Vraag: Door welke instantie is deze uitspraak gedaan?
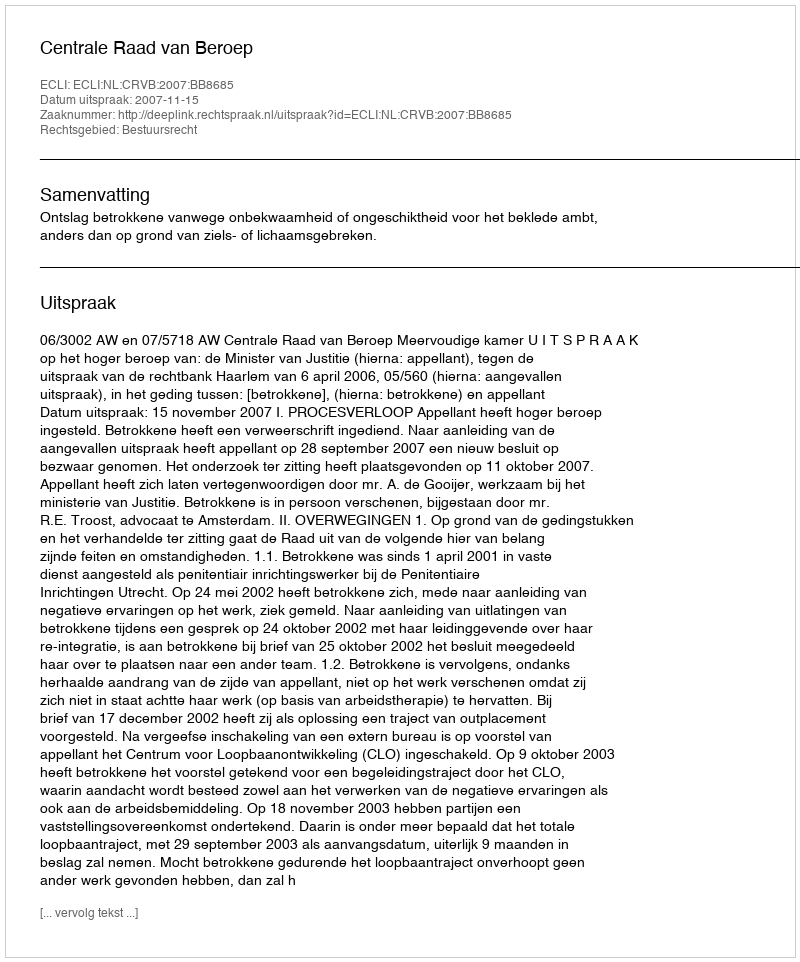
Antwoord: Centrale Raad van Beroep